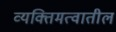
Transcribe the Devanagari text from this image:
व्यक्तिमत्वातील